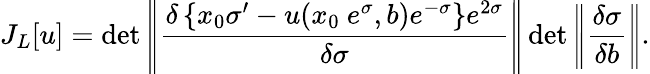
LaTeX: J_{L}[u]=\operatorname*{det}\left|\! \left|\frac{\delta\left\{ x_{0}\sigma^{\prime}-u(x_{0}~e^{\sigma},b)e^{-\sigma}\right\} e^{2\sigma}}{\delta\sigma}\right|\! \right|\operatorname*{det}\left|\! \left|\frac{\delta\sigma}{\delta b}\right|\! \right|.